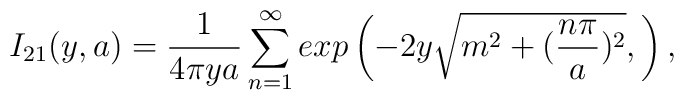
I_{21}(y,a)=\frac{1}{4\pi ya}\sum_{n=1}^{\infty }exp \left( -2y\sqrt{m^{2}+(\frac{n\pi }{a})^{2}}, \right),